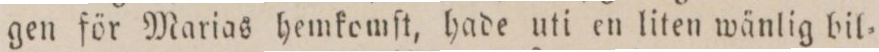
gen för Marias hemkomſt, hade uti en liten wänlig bil=